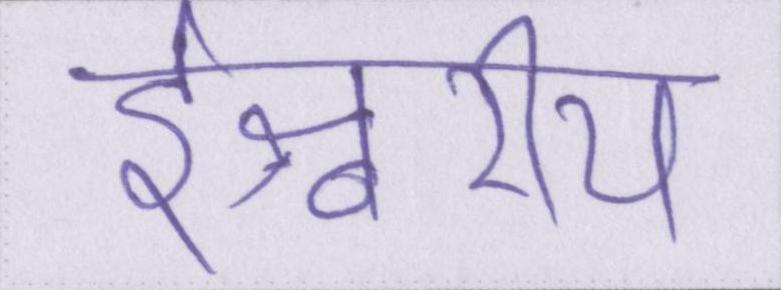
ईश्वरीय